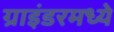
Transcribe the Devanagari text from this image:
ग्राइंडरमध्ये